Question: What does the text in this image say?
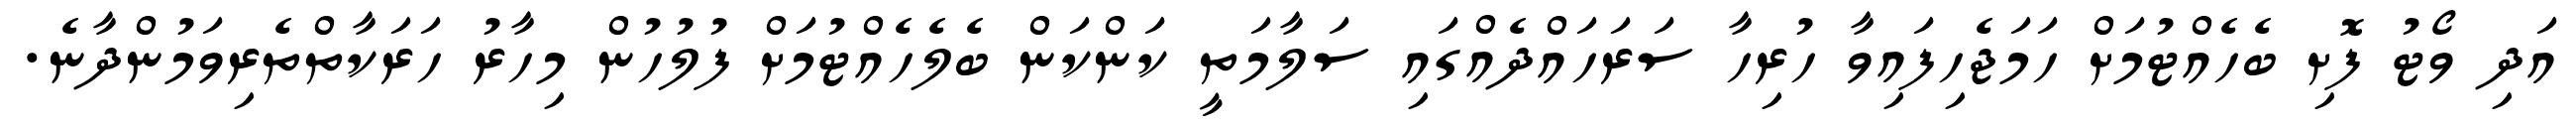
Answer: އަދި ވޯޓު ފޮށި ބެހެއްޓުމަށް ހަމަޖެހިފައިވާ ހުރިހާ ސަރަހައްދެއްގައި ސަލާމަތީ ކަންކަން ބެލެހެއްޓުމަށް ފުލުހުން މިހާރު ހަރަކާތްތެރިވަމުންދާނެ.